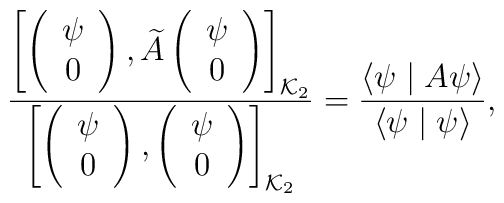
\frac{\left[\left(\begin{array}{c} \psi \\0\end{array}\right),\widetilde{A}\left(\begin{array}{c} \psi \\ 0\end{array}\right)\right]_{{\cal K}_2}}{\left[\left(\begin{array}{c} \psi \\ 0\end{array}\right),\left(\begin{array}{c} \psi \\ 0\end{array}\right)\right]_{{\cal K}_2}}=\frac{\langle \psi\mid A\psi\rangle}{\langle\psi\mid\psi\rangle},